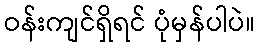
ဝန်းကျင်ရှိရင် ပုံမှန်ပါပဲ။